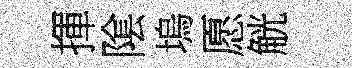
揮隂塢愿觥